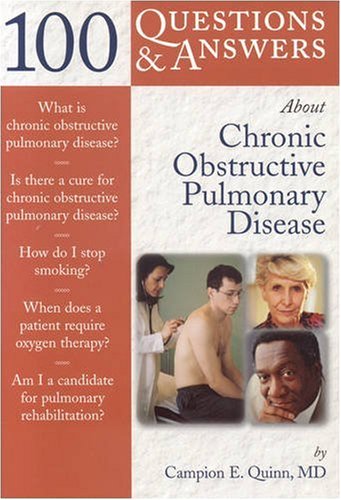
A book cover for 100 Questions  &  Answers About Chronic Obstructive Pulmonary Disease (COPD); Campion E. Quinn; Health, Fitness & Dieting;